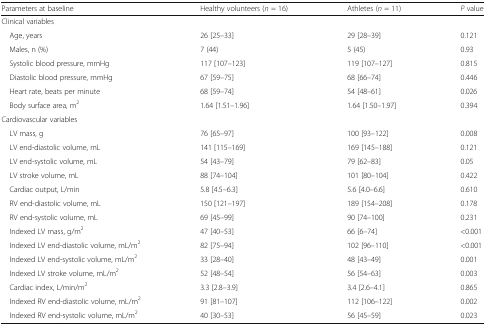
<table><thead><tr><td><b>Parameters at baseline</b></td><td><b>Healthy volunteers (<i>n</i> = 16)</b></td><td><b>Athletes (<i>n</i> = 11)</b></td><td><b><i>P</i> value</b></td></tr></thead><tbody><tr><td colspan="4">Clinical variables</td></tr><tr><td> Age, years</td><td>26 [25–33]</td><td>29 [28–39]</td><td>0.121</td></tr><tr><td> Males, n (%)</td><td>7 (44)</td><td>5 (45)</td><td>0.93 </td></tr><tr><td> Systolic blood pressure, mmHg</td><td>117 [107–123]</td><td>119 [107–127]</td><td>0.815</td></tr><tr><td> Diastolic blood pressure, mmHg</td><td>67 [59–75]</td><td>68 [66–74]</td><td>0.446</td></tr><tr><td> Heart rate, beats per minute</td><td>68 [59–74]</td><td>54 [48–61]</td><td>0.026</td></tr><tr><td> Body surface area, m<sup>2</sup></td><td>1.64 [1.51–1.96]</td><td>1.64 [1.50–1.97]</td><td>0.394</td></tr><tr><td colspan="4">Cardiovascular variables</td></tr><tr><td> LV mass, g</td><td>76 [65–97]</td><td>100 [93–122]</td><td>0.008</td></tr><tr><td> LV end-diastolic volume, mL</td><td>141 [115–169]</td><td>169 [145–188]</td><td>0.121</td></tr><tr><td> LV end-systolic volume, mL</td><td>54 [43–79]</td><td>79 [62–83]</td><td>0.05</td></tr><tr><td> LV stroke volume, mL</td><td>88 [74–104]</td><td>101 [80–104]</td><td>0.422</td></tr><tr><td> Cardiac output, L/min</td><td>5.8 [4.5–6.3]</td><td>5.6 [4.0–6.6]</td><td>0.610</td></tr><tr><td> RV end-diastolic volume, mL</td><td>150 [121–197]</td><td>189 [154–208]</td><td>0.178</td></tr><tr><td> RV end-systolic volume, mL</td><td>69 [45–99]</td><td>90 [74–100]</td><td>0.231</td></tr><tr><td> Indexed LV mass, g/m<sup>2</sup></td><td>47 [40–53]</td><td>66 [6–74]</td><td>&lt;0.001</td></tr><tr><td> Indexed LV end-diastolic volume, mL/m<sup>2</sup></td><td>82 [75–94]</td><td>102 [96–110]</td><td>&lt;0.001</td></tr><tr><td> Indexed LV end-systolic volume, mL/m<sup>2</sup></td><td>33 [28–40]</td><td>48 [43–49]</td><td>0.001</td></tr><tr><td> Indexed LV stroke volume, mL/m<sup>2</sup></td><td>52 [48–54]</td><td>56 [54–63]</td><td>0.003</td></tr><tr><td> Cardiac index, L/min/m<sup>2</sup></td><td>3.3 [2.8–3.9]</td><td>3.4 [2.6–4.1]</td><td>0.865</td></tr><tr><td> Indexed RV end-diastolic volume, mL/m<sup>2</sup></td><td>91 [81–107]</td><td>112 [106–122]</td><td>0.002</td></tr><tr><td> Indexed RV end-systolic volume, mL/m<sup>2</sup></td><td>40 [30–53]</td><td>56 [45–59]</td><td>0.023</td></tr></tbody></table>